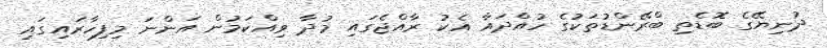
ދުނިޔޭގެ ބޮޑެތި ބްރޭންޑުތަކުގެ ހުއްދައާ އެކު ރާއްޖެގައި މުދާ ވިއްކަމުން އަންނަ މިފިހާރައިގައި